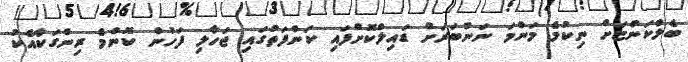
ބެލްކަންޏަށް ނިކުމެ މަންމަ ނަންބަރަށް ޑައިލްކޮށްފައި ކަންފަތުގައި ޖަހާލި ފަހުން ކޮންމެ ރިންގަކާއެކު